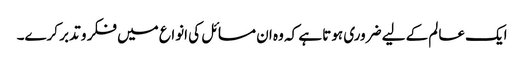
ایک عالم کے لیے ضروری ہوتا ہے کہ وہ ان مسائل کی انواع میں فکر و تدبر کرے۔